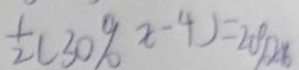
\frac { 1 } { 2 } ( 3 0 \% x - 4 ) = 2 0 \%